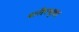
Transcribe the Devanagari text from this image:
शरीरभृत।